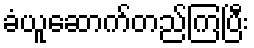
ခံယူဆောက်တည်ကြပြီး